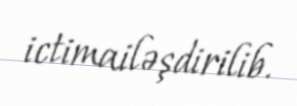
ictimailəşdirilib.